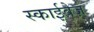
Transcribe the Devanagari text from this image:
स्काईवेज़